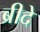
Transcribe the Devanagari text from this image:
ब्रीदे